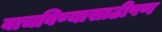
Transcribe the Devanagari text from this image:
वाचविण्यासाठीपण